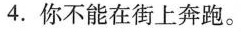
4.你不能在街上奔跑。